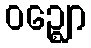
ဝဉ္ဈော